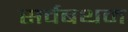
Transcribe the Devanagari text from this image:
सर्वबथम